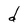
Character: d